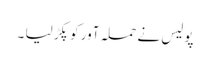
پولیس نے حملہ آور کو پکڑ لیا ۔